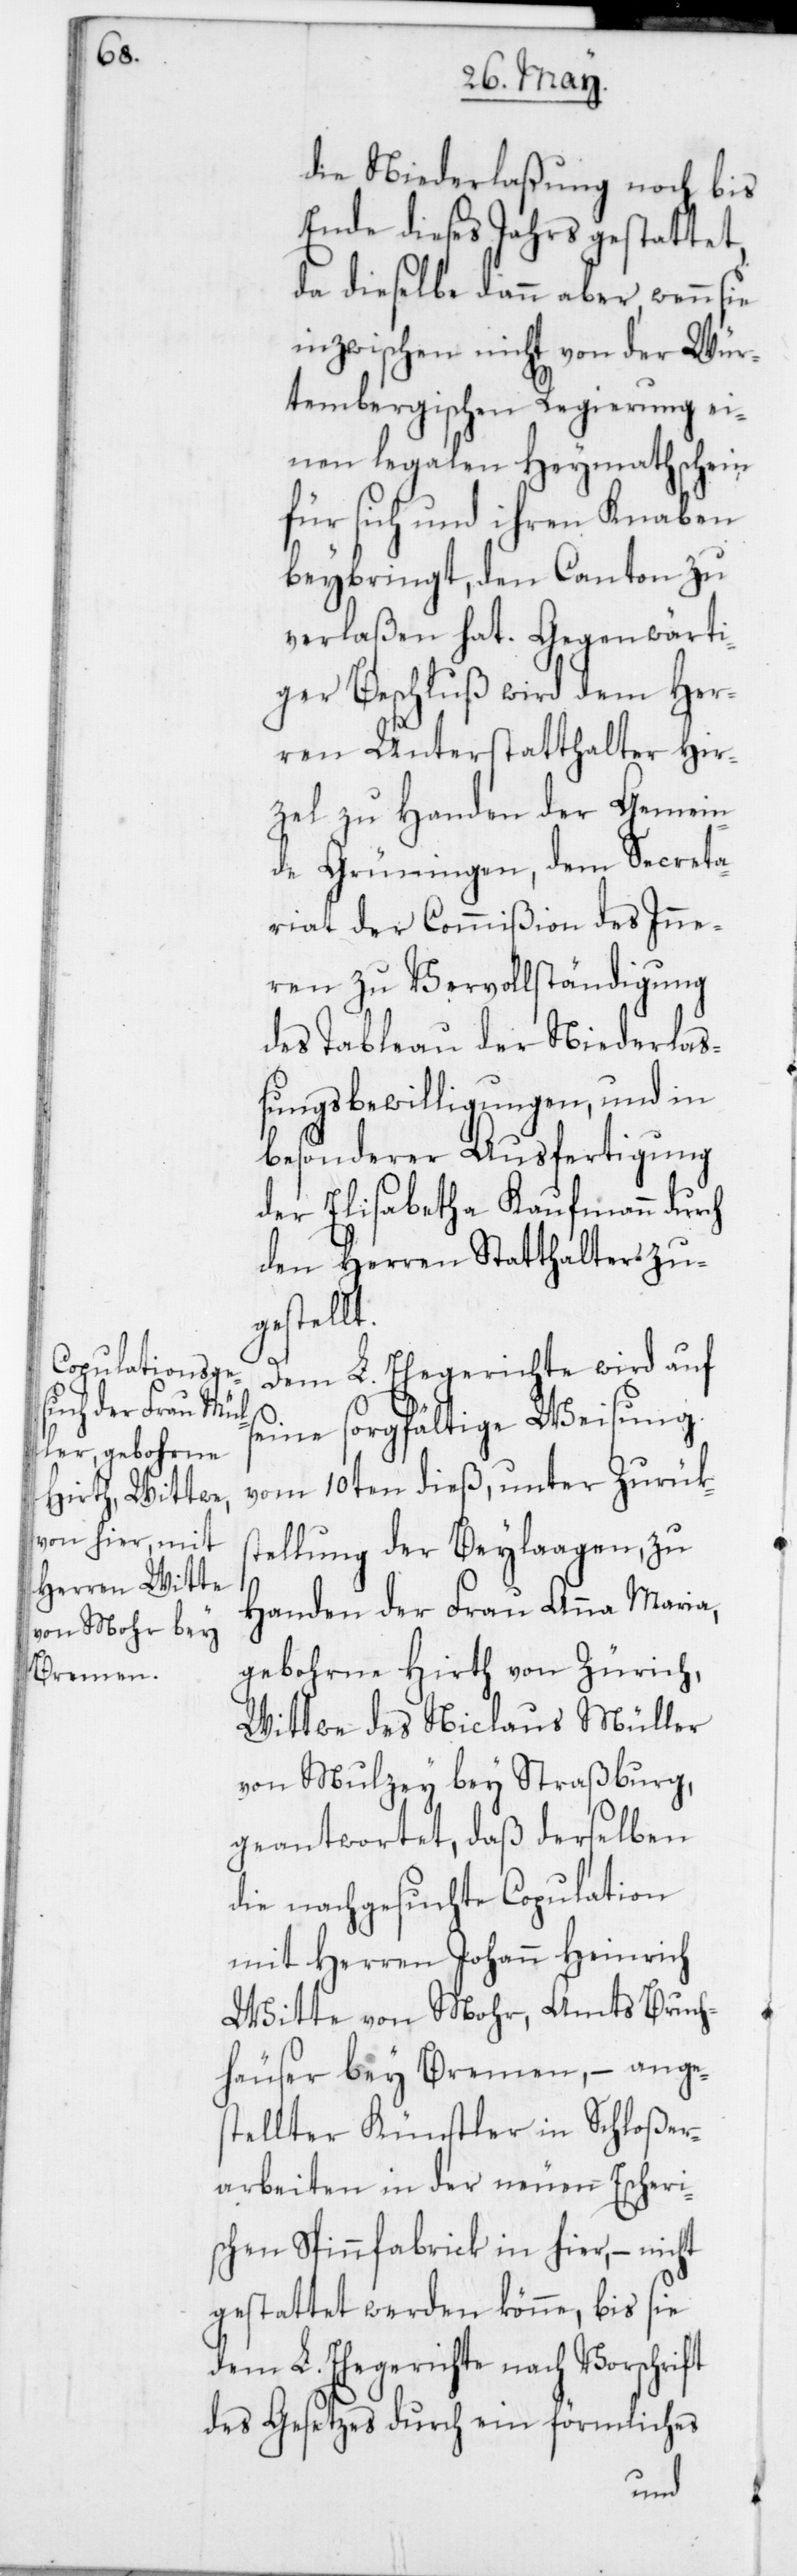
die Niederlaßung noch bis
Ende dieses Jahrs gestattet,
da dieselbe dann aber, wenn sie
inzwischen nicht von der Wür¬
tembergischen Regierung ei¬
nen legalen Heymathschein
für sich und ihren Knaben
beibringt, den Canton zu
verlaßen hat. Gegenwärti¬
ger Beschluß wird dem Her¬
ren Unterstatthalter Hir¬
zel zu Handen der Gemein¬
de Grüningen, dem Secreta¬
riat der Commißion des Inne¬
ren zu Vervollständigung
des Tableau der Niederlaß¬
ungsbewilligungen, und in
besonderer Ausfertigung
der Elisabetha Kaufmann durch
den Herren Statthalter zu¬
gestellt.
Dem L. Ehegerichte wird auf
seine sorgfältige Weisung
vom 10ten dieß, unter Zurüks¬
tellung der Beylaagen zu
Handen der Frau Anna Maria,
gebohrne Hirth von Zürich,
Wittwe des Niclaus Müller
von Mulzey bey Straßburg,
geantwortet, daß derselben
die nachgesuchte Copulation
mit Herren Johann Heinrich
Witte von Mohr, Amts Bruch¬
häuser bey Bremen, – anges¬
tellter Künstler in Schloßer¬
arbeiten in der neuen Escheri¬
schen Spinnfabrik in hier, – nicht
gestattet werden könne, bis sie
dem L. Ehegerichte nach Vorschrift
des Gesetzes durch ein förmliches